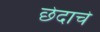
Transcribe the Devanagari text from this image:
छेदाचे